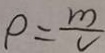
P = \frac { m } { v }